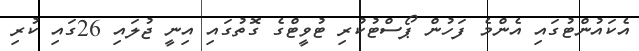
އެކައުންޓުގައި އެންމެ ފަހުން ޕޯސްޓުކުރި ޓުވީޓްގެ ގޮތުގައި އިނީ ޖުލައި 26ގައި ކުރި